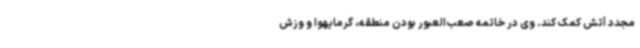
مجدد آتش کمک کند. وی در خاتمه صعب‌العبور بودن منطقه، گرمایهوا و وزش